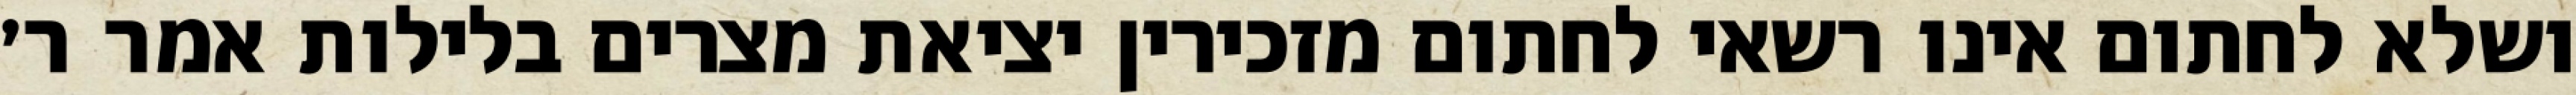
ושלא לחתום אינו רשאי לחתום מזכירין יציאת מצרים בלילות אמר ר׳